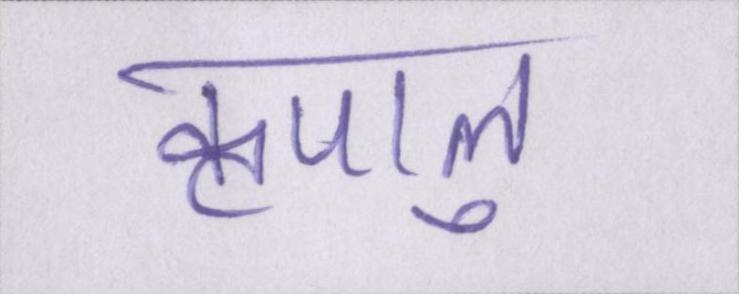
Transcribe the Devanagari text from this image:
कृपालु